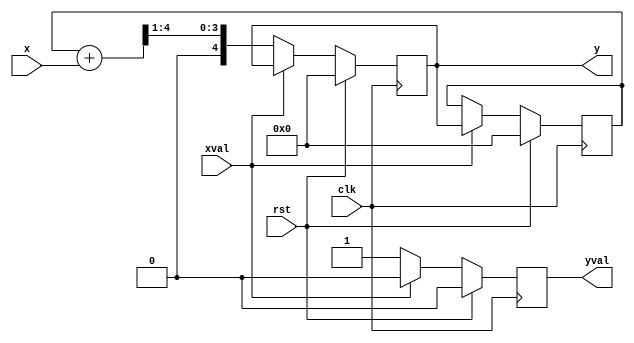
//y(n) = 0.25*y(n-1)+0.5*x(n).

module test_ex3 (
                  input clk,
                  input [4:0] x,
                  input xval,
                  input rst,
                  output reg [4:0] y,
                  output reg yval
                  );

   reg signed [4:0] ym1;

   always @(posedge clk) begin 
        if (rst) begin
            y <= 0;
            ym1 <= 0;
            yval <=0;
        end
        else if(xval) begin
            ym1 <= y;
            yval <=0;
        end
        else begin
            //y<= ym1 >> 2 + x >> 1; //would result in Q2 + Q1 and loss of data
            y <= ym1 + x >> 1; //output must be Q2 so ym2 doesent need to be shifted, x must be shifted once to the right in order to be in the same q as y
            yval <=1 ;
        end



   end

endmodule